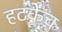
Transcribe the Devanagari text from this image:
हटकेच